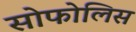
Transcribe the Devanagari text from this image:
सोफोलिस